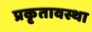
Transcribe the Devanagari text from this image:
प्रकृतावस्था